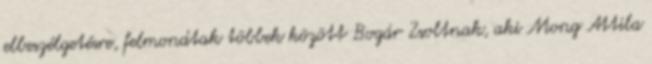
elbeszélgetésre, felmondtak többek között Bogár Zsoltnak, aki Mong Attila